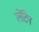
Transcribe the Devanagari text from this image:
लेंटिन